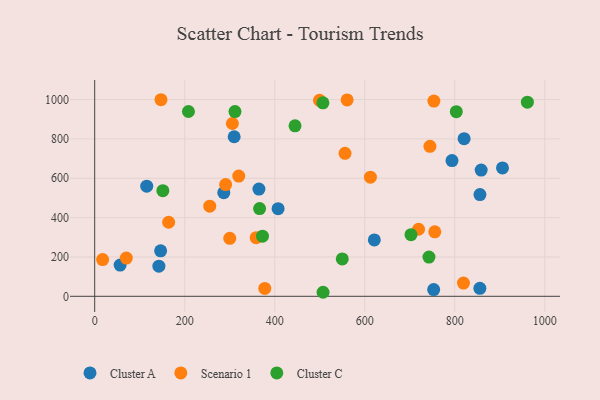
{"axis": {"x": "Study Hours", "y": "Demand"}, "legend": ["Cluster A", "Cluster C", "Scenario 1"], "data": [{"x": "855.8", "y": 40.6, "type": "Cluster A"}, {"x": "858.7", "y": 641.4, "type": "Cluster A"}, {"x": "820.8", "y": 801.2, "type": "Cluster A"}, {"x": "621.3", "y": 286.7, "type": "Cluster A"}, {"x": "793.9", "y": 689.7, "type": "Cluster A"}, {"x": "856.0", "y": 517.1, "type": "Cluster A"}, {"x": "364.9", "y": 544.8, "type": "Cluster A"}, {"x": "407.5", "y": 445.4, "type": "Cluster A"}, {"x": "753.2", "y": 34.1, "type": "Cluster A"}, {"x": "115.6", "y": 559.8, "type": "Cluster A"}, {"x": "286.8", "y": 526.8, "type": "Cluster A"}, {"x": "142.6", "y": 153.0, "type": "Cluster A"}, {"x": "146.5", "y": 231.3, "type": "Cluster A"}, {"x": "309.9", "y": 811.0, "type": "Cluster A"}, {"x": "906.1", "y": 652.5, "type": "Cluster A"}, {"x": "56.5", "y": 158.7, "type": "Cluster A"}, {"x": "70.2", "y": 194.1, "type": "Scenario 1"}, {"x": "358.7", "y": 298.1, "type": "Scenario 1"}, {"x": "320.1", "y": 611.0, "type": "Scenario 1"}, {"x": "556.2", "y": 726.8, "type": "Scenario 1"}, {"x": "560.9", "y": 998.3, "type": "Scenario 1"}, {"x": "290.9", "y": 568.0, "type": "Scenario 1"}, {"x": "755.7", "y": 327.6, "type": "Scenario 1"}, {"x": "305.9", "y": 878.3, "type": "Scenario 1"}, {"x": "164.3", "y": 376.4, "type": "Scenario 1"}, {"x": "300.1", "y": 294.6, "type": "Scenario 1"}, {"x": "147.3", "y": 999.2, "type": "Scenario 1"}, {"x": "255.6", "y": 458.2, "type": "Scenario 1"}, {"x": "744.9", "y": 762.2, "type": "Scenario 1"}, {"x": "719.6", "y": 340.8, "type": "Scenario 1"}, {"x": "499.5", "y": 996.2, "type": "Scenario 1"}, {"x": "377.9", "y": 39.9, "type": "Scenario 1"}, {"x": "753.6", "y": 992.1, "type": "Scenario 1"}, {"x": "819.4", "y": 67.2, "type": "Scenario 1"}, {"x": "17.6", "y": 186.7, "type": "Scenario 1"}, {"x": "612.6", "y": 605.5, "type": "Scenario 1"}, {"x": "742.7", "y": 199.2, "type": "Cluster C"}, {"x": "507.4", "y": 20.5, "type": "Cluster C"}, {"x": "366.4", "y": 445.9, "type": "Cluster C"}, {"x": "702.8", "y": 313.5, "type": "Cluster C"}, {"x": "803.5", "y": 938.4, "type": "Cluster C"}, {"x": "372.8", "y": 305.7, "type": "Cluster C"}, {"x": "151.4", "y": 537.0, "type": "Cluster C"}, {"x": "550.1", "y": 190.2, "type": "Cluster C"}, {"x": "961.4", "y": 986.8, "type": "Cluster C"}, {"x": "507.1", "y": 983.6, "type": "Cluster C"}, {"x": "311.7", "y": 939.1, "type": "Cluster C"}, {"x": "208.3", "y": 939.4, "type": "Cluster C"}, {"x": "445.1", "y": 866.5, "type": "Cluster C"}]}